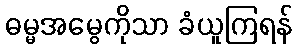
ဓမ္မအမွေကိုသာ ခံယူကြရန်